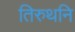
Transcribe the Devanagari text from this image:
तिरुथनि